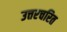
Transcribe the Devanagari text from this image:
उत्तरचरित